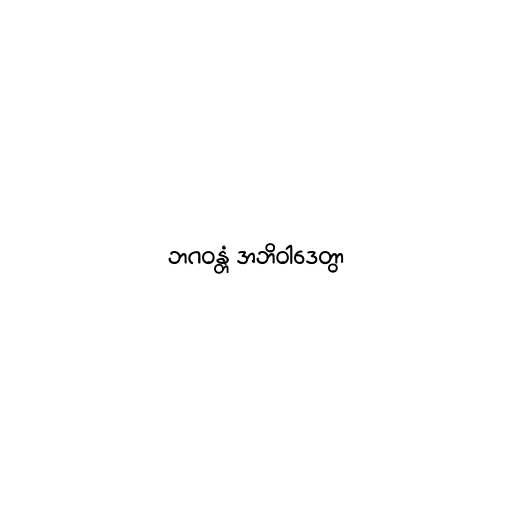
ဘဂဝန္တံ အဘိဝါဒေတွာ